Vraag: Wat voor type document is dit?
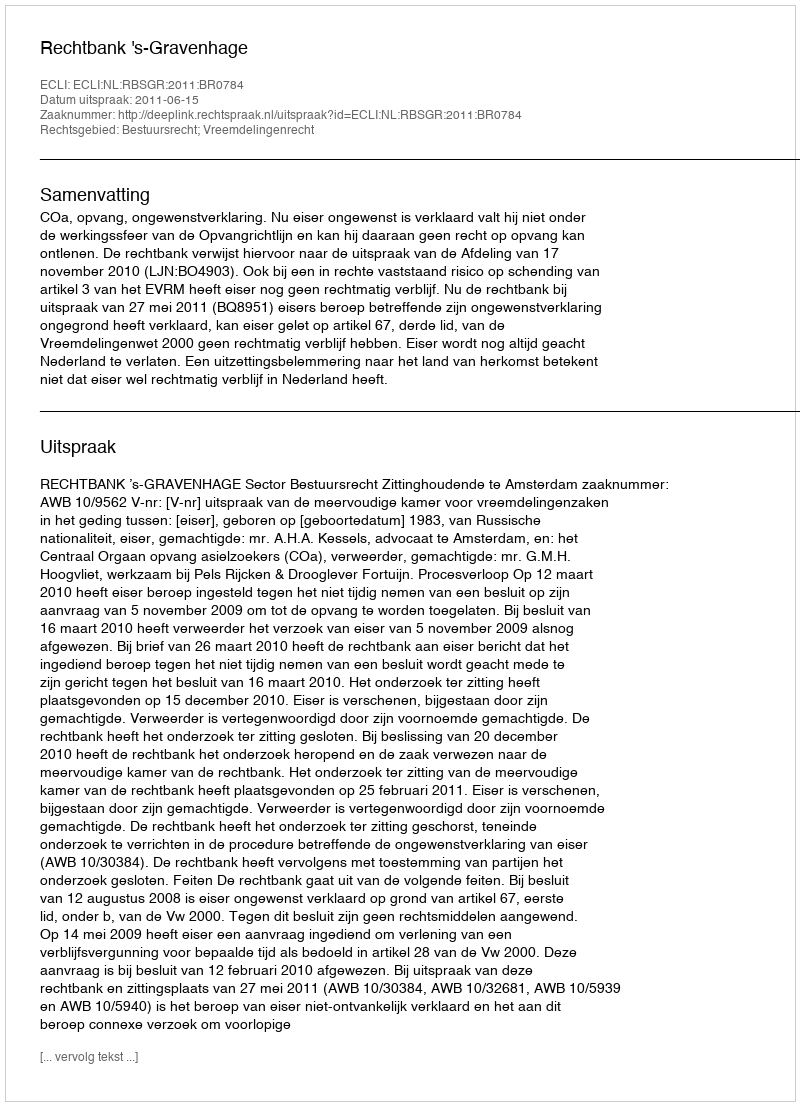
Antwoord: Uitspraak